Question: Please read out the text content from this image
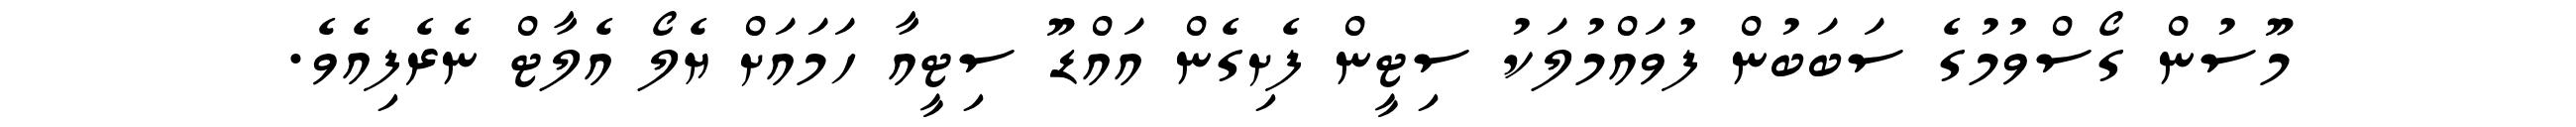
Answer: މޫސުން ގޯސްވުމުގެ ސަބަބުން ފުވައްމުލަކު ސިޓީން ފެށިގެން އައްޑޫ ސިޓީއާ ހަމައަށް ޔެލޯ އެލާޓް ނެރެފިއެވެ.